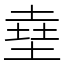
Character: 㙓